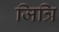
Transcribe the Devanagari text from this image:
जित्रि